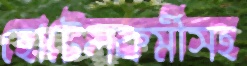
হোটেলকর্মীসহ